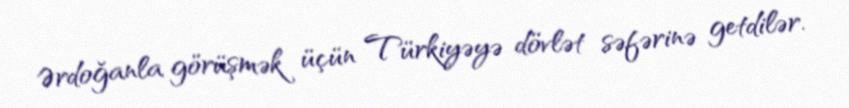
Ərdoğanla görüşmək üçün Türkiyəyə dövlət səfərinə getdilər.